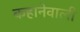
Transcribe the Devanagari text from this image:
कहानेवाली